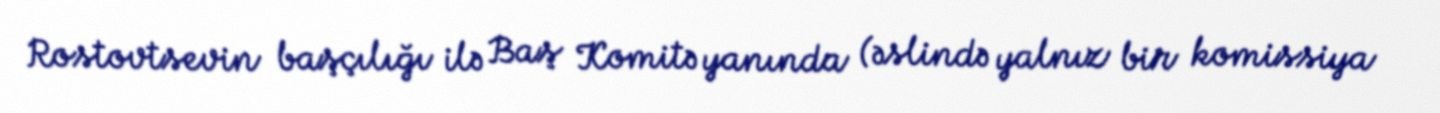
Rostovtsevin başçılığı ilə Baş Komitə yanında (əslində yalnız bir komissiya